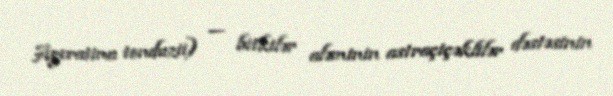
Ageratina tonduzii) — bitkilər aləminin astraçiçəklilər dəstəsinin